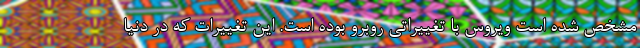
مشخص شده است ویروس با تغییراتی روبرو بوده است. این تغییرات که در دنیا